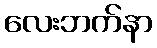
လေးဘက်နာ